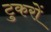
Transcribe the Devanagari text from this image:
टुकरों